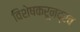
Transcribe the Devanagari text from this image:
विशेषकरूनद्रव